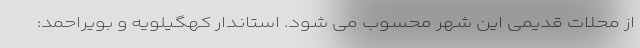
از محلات قدیمی این شهر محسوب می شود. استاندار کهگیلویه و بویراحمد: